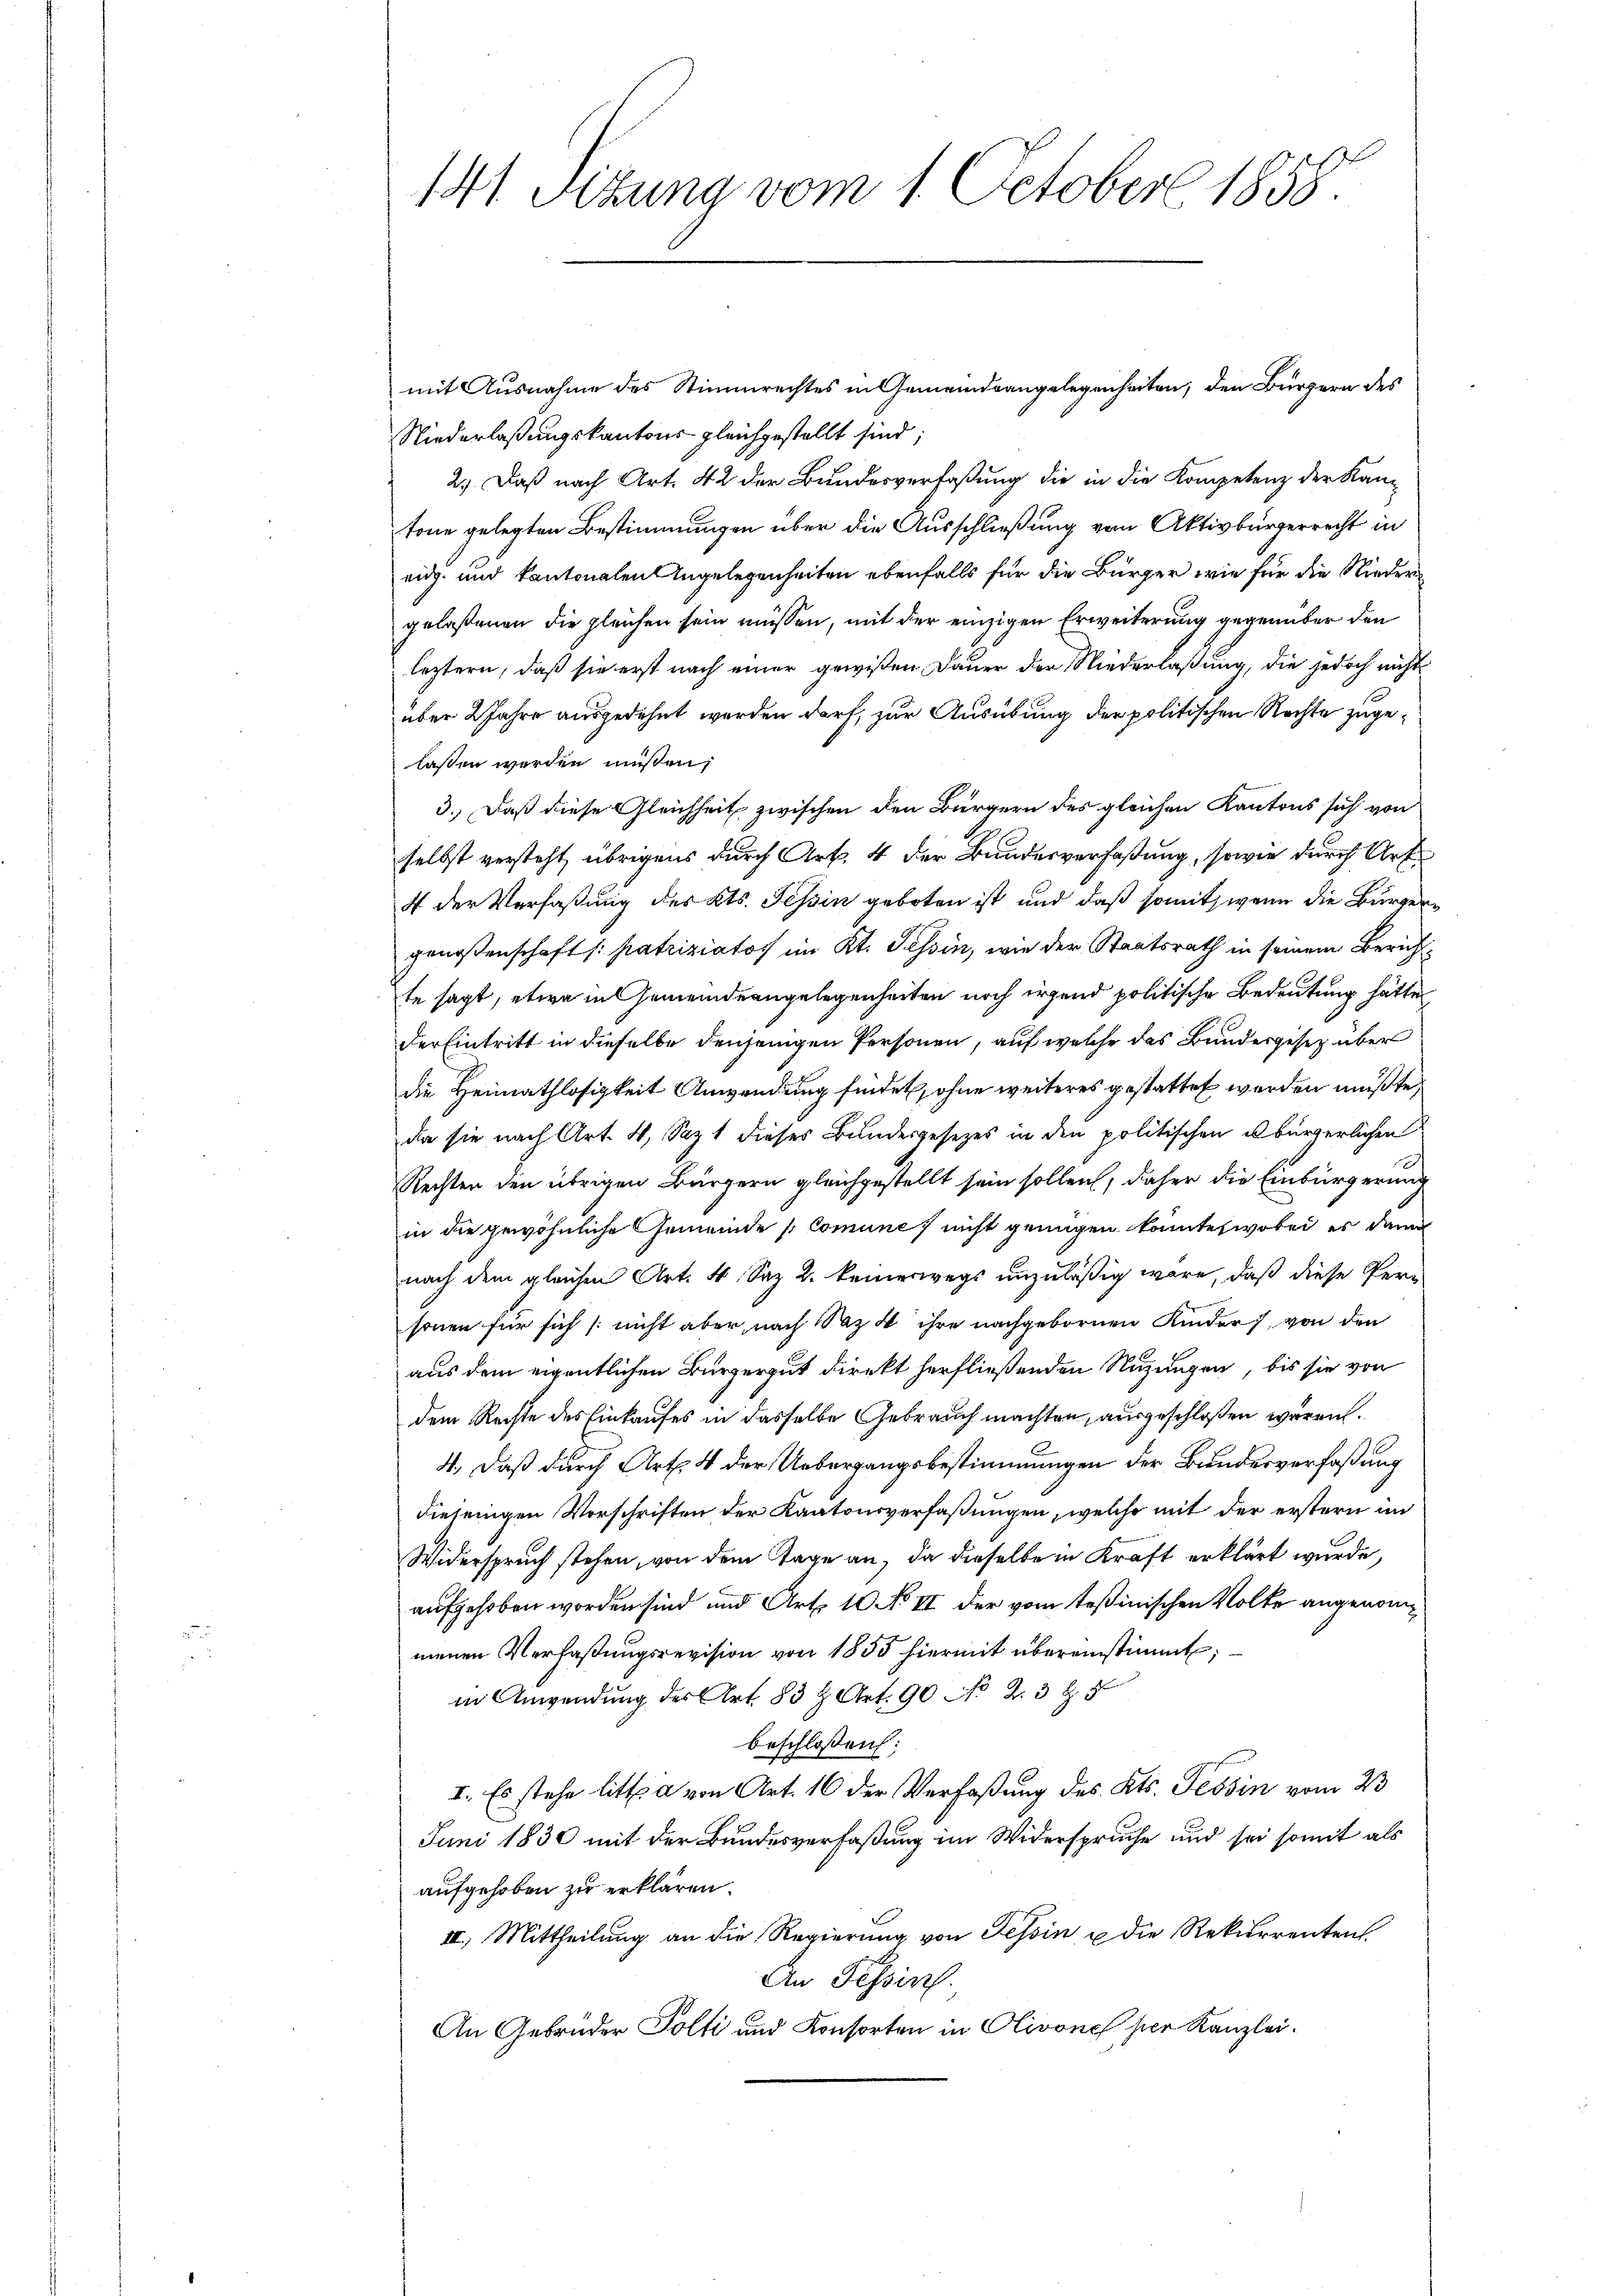
141. Sitzung vom 1. October 1858.

mit Ausnahme des Stimmrechtes in Gemeindsangelegenheiten, den Bürgern des
Niederlaßungskantons gleichgestellt sind;
2.) Daß nach Art. 42 der Bundesverfaßung die in die Kompetenz der Kantone gelegten Bestimmungen über die Ausschließung vom Aktivbürgerrecht in
eidg. und kantonalen Angelegenheiten ebenfalls für die Bürger wie für die Niedergelaßenen die gleichen sein müssen, mit der einzigen Erweiterung gegenüber den
leztern, daß sie erst nach einer gewißen Dauer der Niederlaßung, die jedoch nicht
über 2 Jahre ausgedehnt werden darf, zur Ausübung der politischen Rechte zugelassen werden müßen,
3.) Daß diese Gleichheit zwischen den Bürgern des gleichen Kantons sich von
selbst versteht, übrigens durch Art. 4 der Bundesverfaßung, sowie durch Art
4 der Verfaßung des Kts. Tessin geboten ist und daß somit, wenn die Bürgergenossenschaft /: patriziatos im Kt. Tessin, wie der Staatsrath in seinem Berichtte sagt, etwa in Gemeindeangelegenheiten noch irgend politische Bedeutung hätte,
der Eintritt in dieselbe denjenigen Personen, auf welche das Bundesgesetz über
die Heimathlosigkeit Anwendung findet, ohne weiteres gestattet werden mußte,
da sie nach Art. 4, Sazt dieses Bundesgesetzes in den politischen bürgerlichen
Rechten den übrigen Bürgern gleichgestellt sein sollen, daher die Einbürgerung
in die gewöhnliche Gemeinde (Comune, nicht genügen konnte, wobei er dann
nach dem gleichen Art. 4 Sez 2. keinerwegs unzuläßig wäre, daß diese Personen für sich (nicht aber, nach Naz 4 ihre nachgebornen Kinder, von den
aus dem eigentlichen Bürgergut direkt herfließenden Nutzungen, bis sie von
dem Rechte des Einkaufes in dasselbe Gebrauch machten, ausgeschloßen wären.
4. Daß durch Art. 4 der Uebergangsbestimmungen der Bundesverfaßung
diejenigen Vorschriften der Kantonsverfaßungen, welche mit der erstern im
Widerspruch stehen, von dem Tage an, da dieselbe in Kraft erklärt wurde,
aufgehoben worden sind und Art. 10 No II der vom Teßinischen Volke angenommenen Verfaßungsrevision von 1855 hiermit übereinstimmt;
in Anwendung der Art. 83 u. Art. 90 No 2. 3 Z. 5
beschloßen:
I. Es stehe litt a von Art. 16 der Verfaßung des Kts. Tessin vom 23
Juni 1830 mit der Bundesverfaßung im Widerspruche und sei somit als
aufgehoben zu erklären.
III. Mittheilung an die Regierŭng von Tessin u die Rekurrenten
An Tessin.
An Gebrüder Polfi und Konsorten in Olivone per Kanzlei.